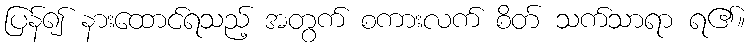
ပြန်၍ နားထောင်ရသည့် အတွက် စကားလက် စိတ် သက်သာရာ ရ၏။